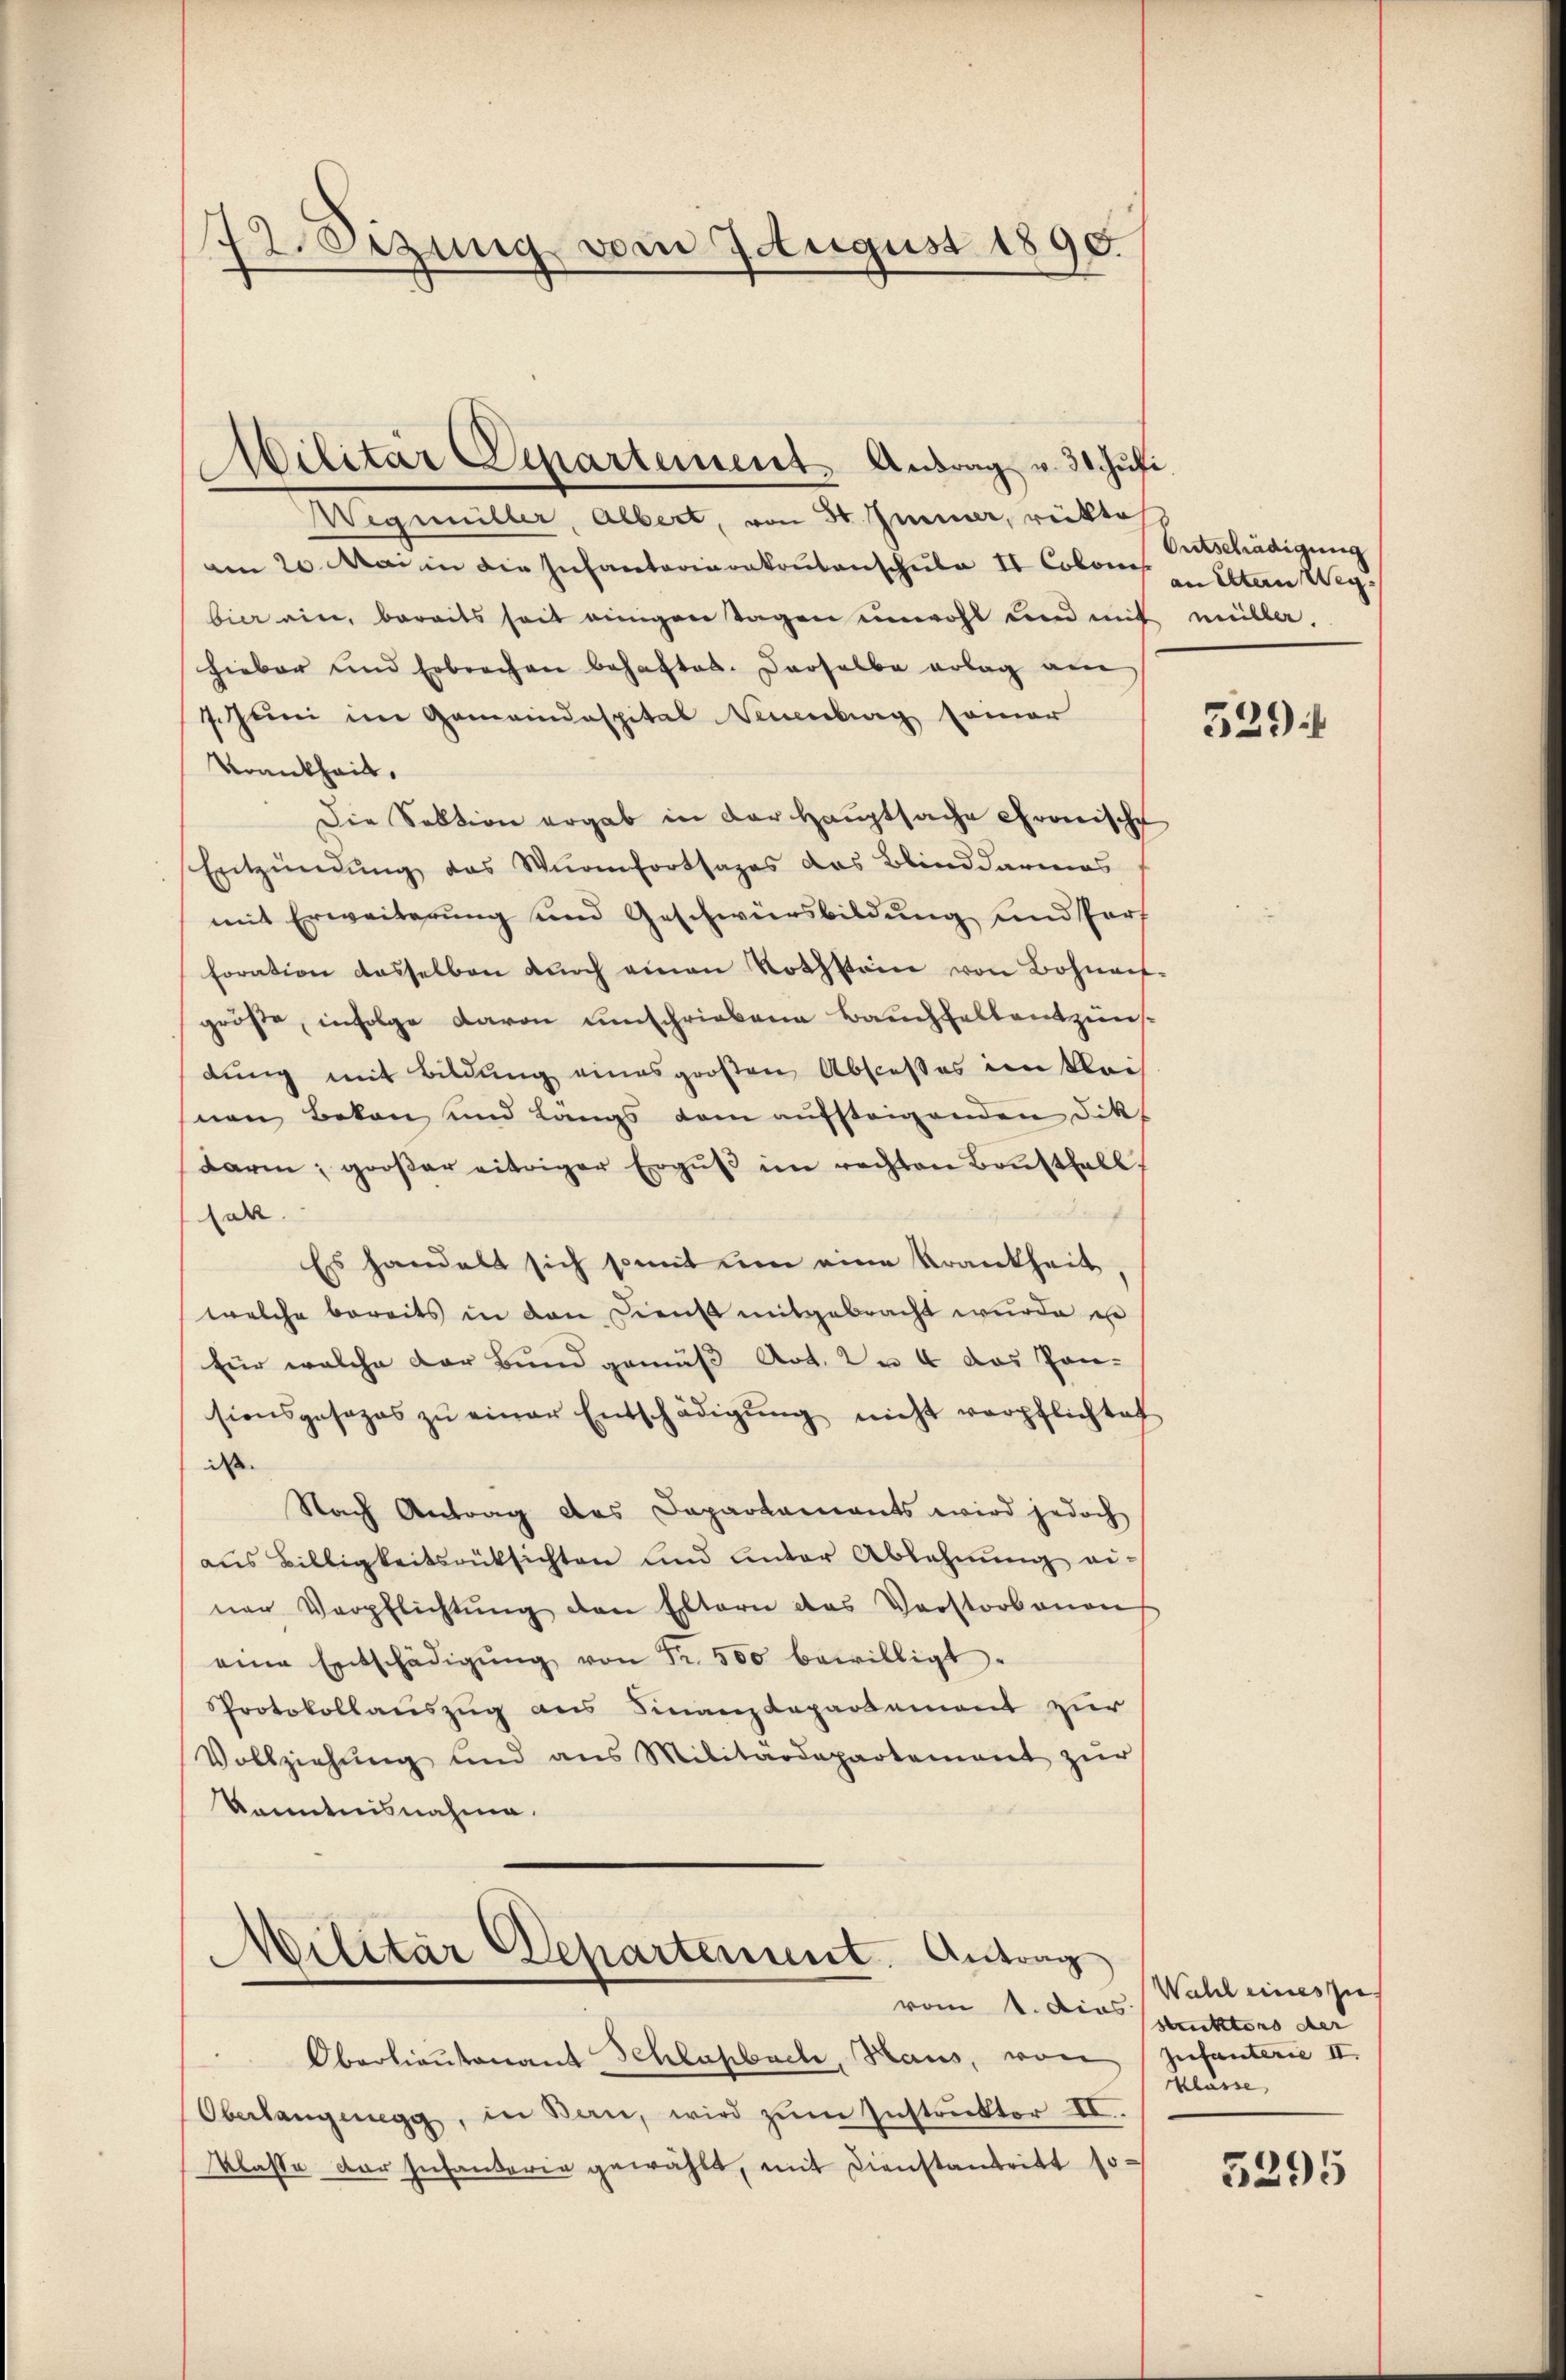
72. Sizung vom 7. August 1890.

Wegumiller, Albert, von 30. Immer, rückte
am 20. Mai in die Infantorierekrutenschule II Cobones Alten Weg
bier ein, bereits seit einigen Tagen unwohl und mit müller.
hieber und Erbrechen behaftet. Derselbe erlag am
Juni im Gemeindaspital Neuenburg seiner
Krankheit.
Die Sektion ergab in der Hauptsache Gronische
Entzündung das Würenfortsages das Blinddarmas
mit Erweiterung und Geschwürsbildung und Port
foration dasselben durch einen Rothstain von Bohnauf-
größe, infolge davon umschriebene Bauchfallentzünsdung mit Bildung eines großen Abscesses im klei
nen Bekan und Längs dem aufsteigenden Dik
darin, großer eitiger Ergus im rechten Brusthall
lar
Es handelt sich somit um eine Krankheit,
welche bereits in den Dienst mitgebracht wurde i
für welche der Bund gemäß Art. 2 u. 4 das Gan-
sionsgesezes zŭ einer Entschädigŭng nicht verpflichtet
ds
Nach Antrag das Daparkaments wird jedoch
aus Billigkeitsrücksichten und unter Ablehnŭng ei-
ner Verpflichtŭng den Eltern das Verstorbenen
eine Entschädigŭng von Fr. 500 bewilligt.
Protokollaŭszŭg ans Finanzdepartement zur
Vollziehŭng und ans Militärdepartement zŭr
Kenntnisnahme.

Militär Departement. Antrag v. 31. Juli.

Militär Departement. Antrag
vom 1. dies

Oberlieutenant Schlaßbach, Haus, von (Infanterie II.
Oberlangung, in Bern, wird zŭm Instrŭktor II.
Klasse der Infanterie gewählt, mit Dienstantritt so¬

Ontschädigung

529.

Wahl eines zie
struktors der
Klasse,

5295